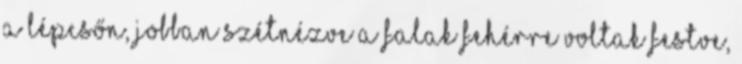
a lépcsőn, jobban szétnézve a falak fehérre voltak festve,